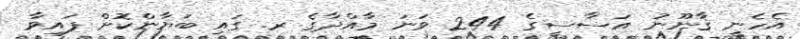
އެހެނީ ޤާނޫނު އަސާސީގެ 244 ވަނަ މާއްދާގެ ރ. ގައި ބަޔާންކޮށް ފައިވާ